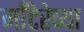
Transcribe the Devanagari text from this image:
माँटेरेच्या